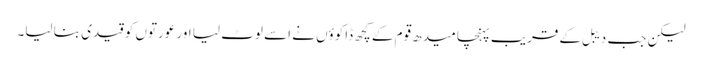
لیکن جب دیبل کے قریب پہنچا میدھ قوم کے کچھ ڈاکوؤں نے اسے لوٹ لیا اور عورتوں کو قیدی بنا لیا۔